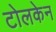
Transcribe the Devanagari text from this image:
टोलकेन